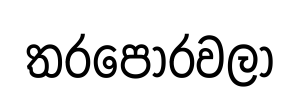
තරපොරවලා